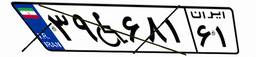
۳۹W۶۸۱۶۱